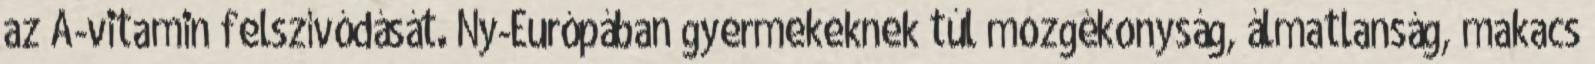
az A-vitamin felszívódását. Ny-Európában gyermekeknek túl mozgékonyság, álmatlanság, makacs